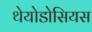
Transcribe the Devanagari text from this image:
थेयोडोसियस